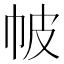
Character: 帔